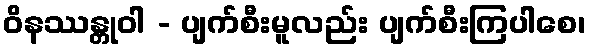
ဝိနဿန္တုဝါ - ပျက်စီးမူလည်း ပျက်စီးကြပါစေ၊